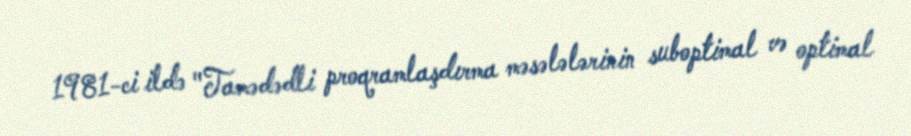
1981-ci ildə "Tamədədli proqramlaşdırma məsələlərinin suboptimal və optimal